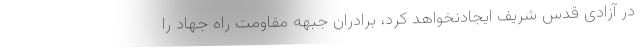
در آزادی قدس شریف ایجادنخواهد کرد، برادران جبهه مقاومت راه جهاد را